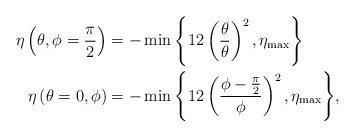
LaTeX: \begin{align*}\eta_{}\left(\theta,\phi=\frac{\pi}{2}\right) &= -\min {\left\{12\left(\frac{\theta}{\theta_{}}\right)^2,\eta_{\max}\right\}}\\\eta_{}\left(\theta=0,\phi\right) &= -\min {\left\{12\left(\frac{\phi-\frac{\pi}{2}}{\phi_{}}\right)^2,\eta_{\max}\right\}},\end{align*}